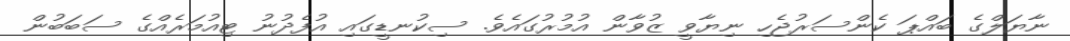
ނާޔަލްގެ ބައްޕަ ކެންސަރުޖެހި ނިޔާވީ ޒުވާން އުމުރުގައެވެ. ސިކުނޑީގައި އުފެދުނު ޓިއުމަރެއްގެ ސަބަބުން